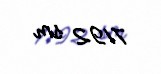
7192 sm